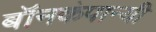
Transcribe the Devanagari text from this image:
बॉनकंपान्यी